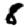
Digit: 8